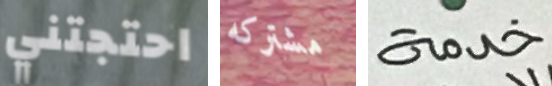
احتجتني مشتركه خدمة